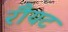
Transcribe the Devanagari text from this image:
रौयट